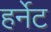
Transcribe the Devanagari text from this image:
हर्नेट